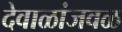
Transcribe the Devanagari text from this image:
देवाळांजवळ